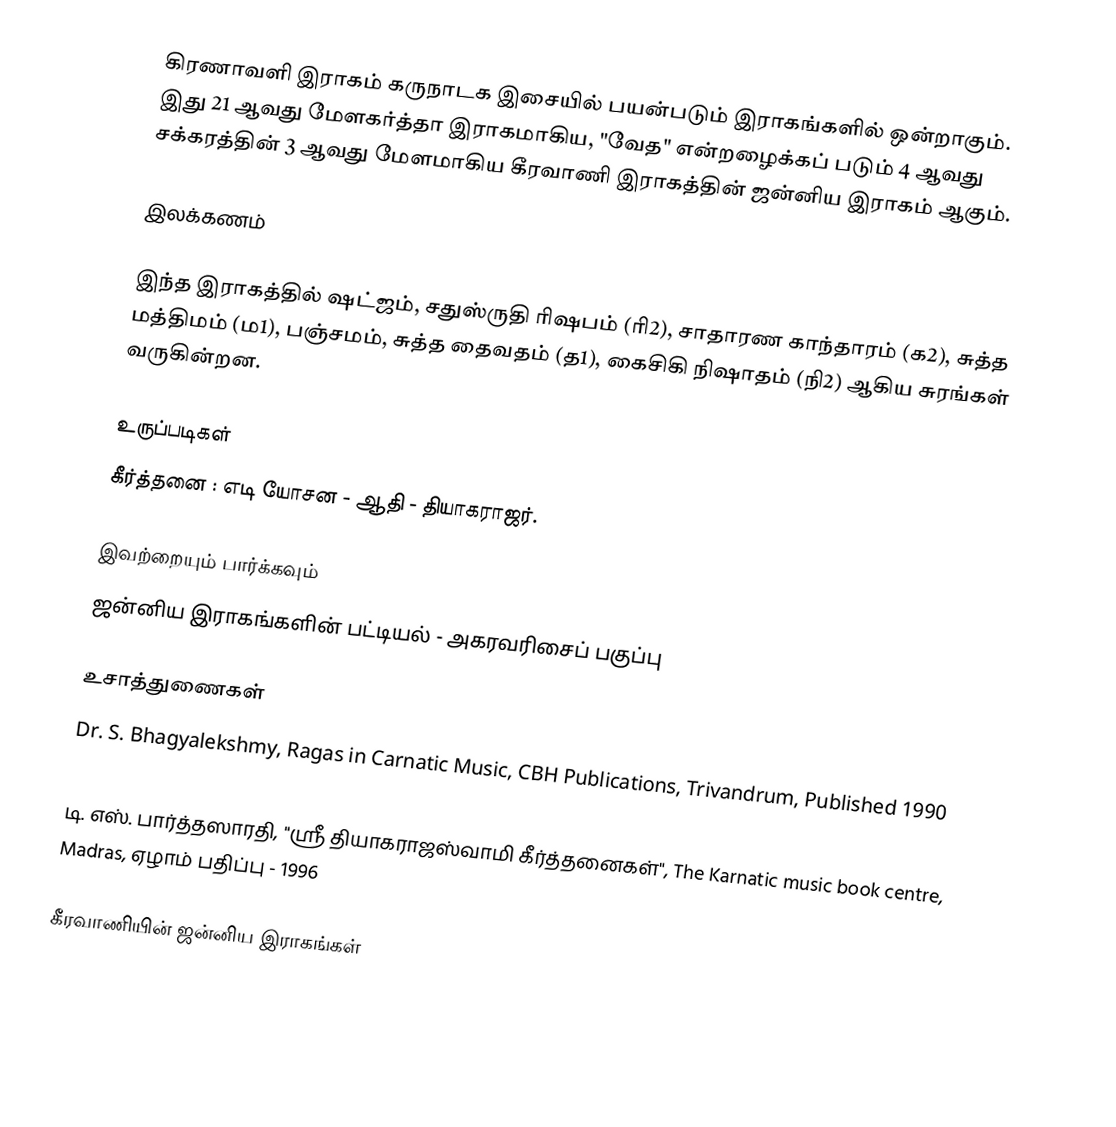
கிரணாவளி இராகம் கருநாடக இசையில் பயன்படும் இராகங்களில் ஒன்றாகும். இது 21 ஆவது மேளகர்த்தா இராகமாகிய, "வேத" என்றழைக்கப் படும் 4 ஆவது சக்கரத்தின் 3 ஆவது மேளமாகிய கீரவாணி இராகத்தின் ஜன்னிய இராகம் ஆகும்.

இலக்கணம்

இந்த இராகத்தில் ஷட்ஜம், சதுஸ்ருதி ரிஷபம் (ரி2),  சாதாரண காந்தாரம் (க2), சுத்த மத்திமம் (ம1), பஞ்சமம், சுத்த தைவதம் (த1), கைசிகி நிஷாதம் (நி2) ஆகிய சுரங்கள் வருகின்றன.

உருப்படிகள்
 கீர்த்தனை	: எடி யோசன	- ஆதி		- தியாகராஜர்.

இவற்றையும் பார்க்கவும்
 ஜன்னிய இராகங்களின் பட்டியல் - அகரவரிசைப் பகுப்பு

உசாத்துணைகள்
 Dr. S. Bhagyalekshmy, Ragas in Carnatic Music, CBH Publications, Trivandrum, Published 1990
 B. Subba Rao, Raganidhi, The Music Academy, Madras, Published 1965, 4th reprint 1996
 டி. எஸ். பார்த்தஸாரதி, "ஸ்ரீ தியாகராஜஸ்வாமி கீர்த்தனைகள்", The Karnatic music book centre, Madras, ஏழாம் பதிப்பு - 1996

கீரவாணியின் ஜன்னிய இராகங்கள்